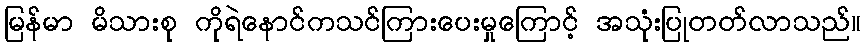
မြန်မာ မိသားစု ကိုရဲနောင်ကသင်ကြားပေးမှုကြောင့် အသုံးပြုတတ်လာသည်။